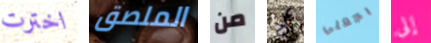
اخترت الملصق من ألا بجعلي إلى